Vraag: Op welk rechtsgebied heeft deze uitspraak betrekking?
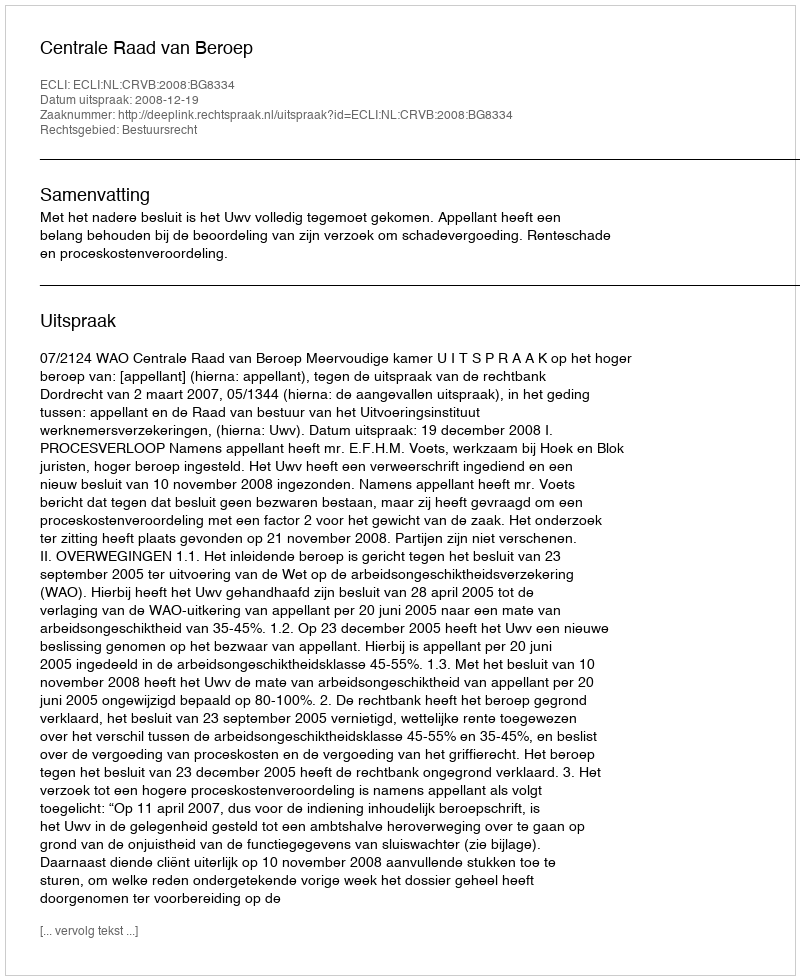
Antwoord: Bestuursrecht